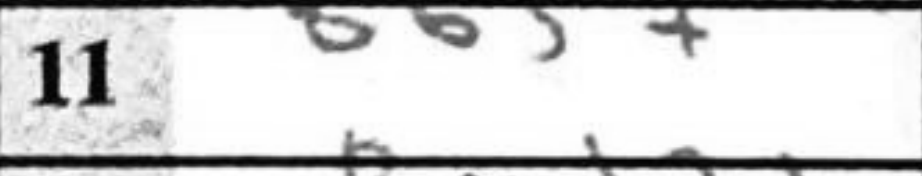
Transcription: Bb5+